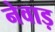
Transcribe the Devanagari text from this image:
नेवाड़